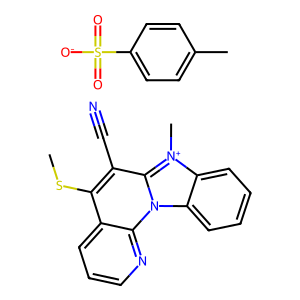
SMILES: CSc1c(C#N)c2n(c3ccccc3[n+]2C)c2ncccc12.Cc1ccc(S(=O)(=O)[O-])cc1
Inhibits HIV replication: No